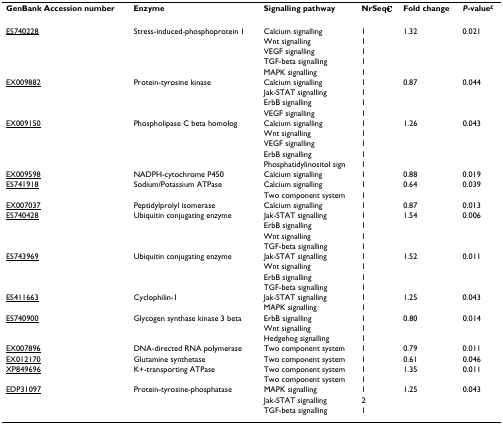
<table><thead><tr><td><b>GenBank Accession number</b></td><td><b>Enzyme</b></td><td><b>Signalling pathway</b></td><td><b>NrSeq<sup>€</sup></b></td><td><b>Fold change</b></td><td><b><i>P</i>-value<sup>£</sup></b></td></tr></thead><tbody><tr><td>ES740228</td><td>Stress-induced-phosphoprotein 1</td><td>Calcium signalling</td><td>1</td><td>1.32</td><td>0.021</td></tr><tr><td></td><td></td><td>Wnt signalling</td><td>1</td><td></td><td></td></tr><tr><td></td><td></td><td>VEGF signalling</td><td>1</td><td></td><td></td></tr><tr><td></td><td></td><td>TGF-beta signalling</td><td>1</td><td></td><td></td></tr><tr><td></td><td></td><td>MAPK signalling</td><td>1</td><td></td><td></td></tr><tr><td>EX009882</td><td>Protein-tyrosine kinase</td><td>Calcium signalling</td><td>1</td><td>0.87</td><td>0.044</td></tr><tr><td></td><td></td><td>Jak-STAT signalling</td><td>1</td><td></td><td></td></tr><tr><td></td><td></td><td>ErbB signalling</td><td>1</td><td></td><td></td></tr><tr><td></td><td></td><td>VEGF signalling</td><td>1</td><td></td><td></td></tr><tr><td>EX009150</td><td>Phospholipase C beta homolog</td><td>Calcium signalling</td><td>1</td><td>1.26</td><td>0.043</td></tr><tr><td></td><td></td><td>Wnt signalling</td><td>1</td><td></td><td></td></tr><tr><td></td><td></td><td>VEGF signalling</td><td>1</td><td></td><td></td></tr><tr><td></td><td></td><td>ErbB signalling</td><td>1</td><td></td><td></td></tr><tr><td></td><td></td><td>Phosphatidylinositol sign</td><td>1</td><td></td><td></td></tr><tr><td>EX009598</td><td>NADPH-cytochrome P450</td><td>Calcium signalling</td><td>1</td><td>0.88</td><td>0.019</td></tr><tr><td>ES741918</td><td>Sodium/Potassium ATPase</td><td>Calcium signalling</td><td>1</td><td>0.64</td><td>0.039</td></tr><tr><td></td><td></td><td>Two component system</td><td>1</td><td></td><td></td></tr><tr><td>EX007037</td><td>Peptidylprolyl isomerase</td><td>Calcium signalling</td><td>1</td><td>0.87</td><td>0.013</td></tr><tr><td>ES740428</td><td>Ubiquitin conjugating enzyme</td><td>Jak-STAT signalling</td><td>1</td><td>1.54</td><td>0.006</td></tr><tr><td></td><td></td><td>ErbB signalling</td><td>1</td><td></td><td></td></tr><tr><td></td><td></td><td>Wnt signalling</td><td>1</td><td></td><td></td></tr><tr><td></td><td></td><td>TGF-beta signalling</td><td>1</td><td></td><td></td></tr><tr><td>ES743969</td><td>Ubiquitin conjugating enzyme</td><td>Jak-STAT signalling</td><td>1</td><td>1.52</td><td>0.011</td></tr><tr><td></td><td></td><td>Wnt signalling</td><td>1</td><td></td><td></td></tr><tr><td></td><td></td><td>ErbB signalling</td><td>1</td><td></td><td></td></tr><tr><td></td><td></td><td>TGF-beta signalling</td><td>1</td><td></td><td></td></tr><tr><td>ES411663</td><td>Cyclophilin-1</td><td>Jak-STAT signalling</td><td>1</td><td>1.25</td><td>0.043</td></tr><tr><td></td><td></td><td>MAPK signalling</td><td>1</td><td></td><td></td></tr><tr><td>ES740900</td><td>Glycogen synthase kinase 3 beta</td><td>ErbB signalling</td><td>1</td><td>0.80</td><td>0.014</td></tr><tr><td></td><td></td><td>Wnt signalling</td><td>1</td><td></td><td></td></tr><tr><td></td><td></td><td>Hedgehog signalling</td><td>1</td><td></td><td></td></tr><tr><td>EX007896</td><td>DNA-directed RNA polymerase</td><td>Two component system</td><td>1</td><td>0.79</td><td>0.011</td></tr><tr><td>EX012170</td><td>Glutamine synthetase</td><td>Two component system</td><td>1</td><td>0.61</td><td>0.046</td></tr><tr><td>XP849696</td><td>K+-transporting ATPase</td><td>Two component system</td><td>1</td><td>1.35</td><td>0.011</td></tr><tr><td></td><td></td><td>Two component system</td><td>1</td><td></td><td></td></tr><tr><td>EDP31097</td><td>Protein-tyrosine-phosphatase</td><td>MAPK signalling</td><td>1</td><td>1.25</td><td>0.043</td></tr><tr><td></td><td></td><td>Jak-STAT signalling</td><td>2</td><td></td><td></td></tr><tr><td></td><td></td><td>TGF-beta signalling</td><td>1</td><td></td><td></td></tr></tbody></table>